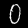
Digit: 0